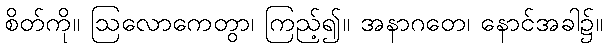
စိတ်ကို။ ဩလောကေတွာ၊ ကြည့်၍။ အနာဂတေ၊ နောင်အခါ၌။